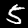
Digit: 5